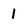
Character: 1